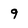
Character: 9